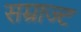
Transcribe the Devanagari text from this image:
सम्राज्ट